Vaccination in the Punjab 1919-1929 - 1919-1929
Year: 1919
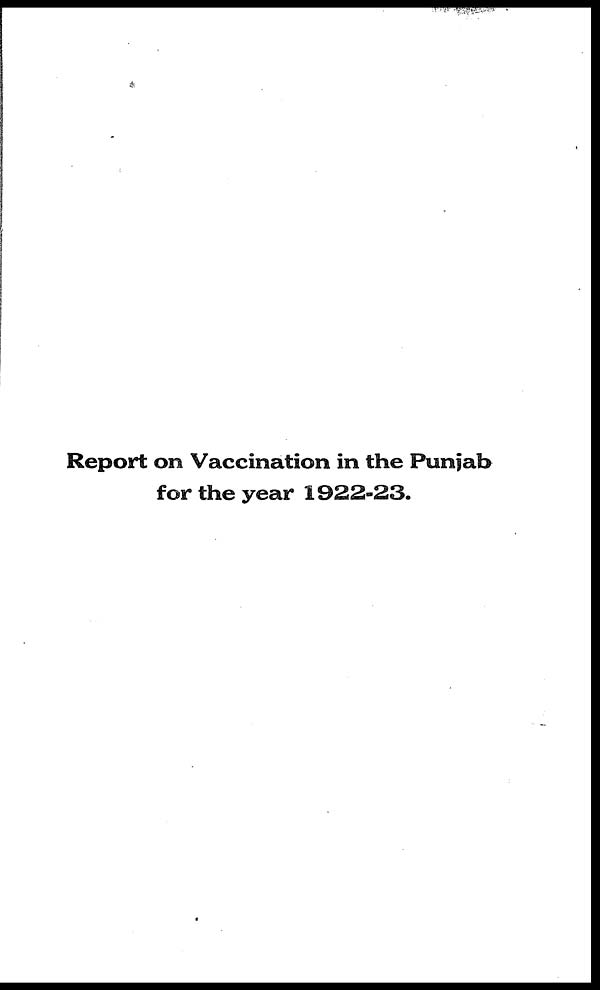
Report on Vaccination in the Punjab
for the year 1922-23.